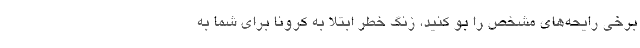
برخی رایحه‌های مشخص را بو کنید، زنگ خطر ابتلا به کرونا برای شما به